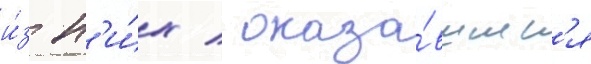
и́з н'и́х / оказа́вшиес'я